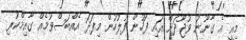
މިއީ އެ ގާނޫނު ވުޖޫދަށް އައި ފަހުން ފުލުހުން މިފަދަ އެއްބަސްވުމެއް ގާއިމްކުރި